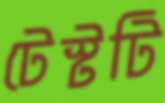
টেস্টটি